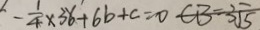
- \frac { 1 } { 4 } \times 3 6 + 6 b + c = 0 C B = 3 \sqrt { 5 }